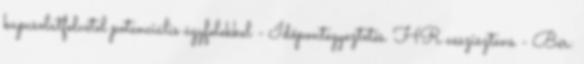
kapcsolatfelvétel potenciális ügyfelekkel - Időpontegyeztetés. HR asszisztens - Bér: